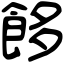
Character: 䬷